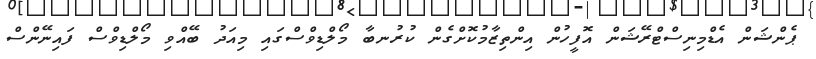
ޕެންޝަން އެޑްމިނިސްޓްރޭޝަން އޮފީހުން އިންތިޒާމުކޮށްގެން ކުރުނބާ މޯލްޑިވްސްގައި މިއަދު ބޭއްވި މޯލްޑިވްސް ފައިނޭންސް